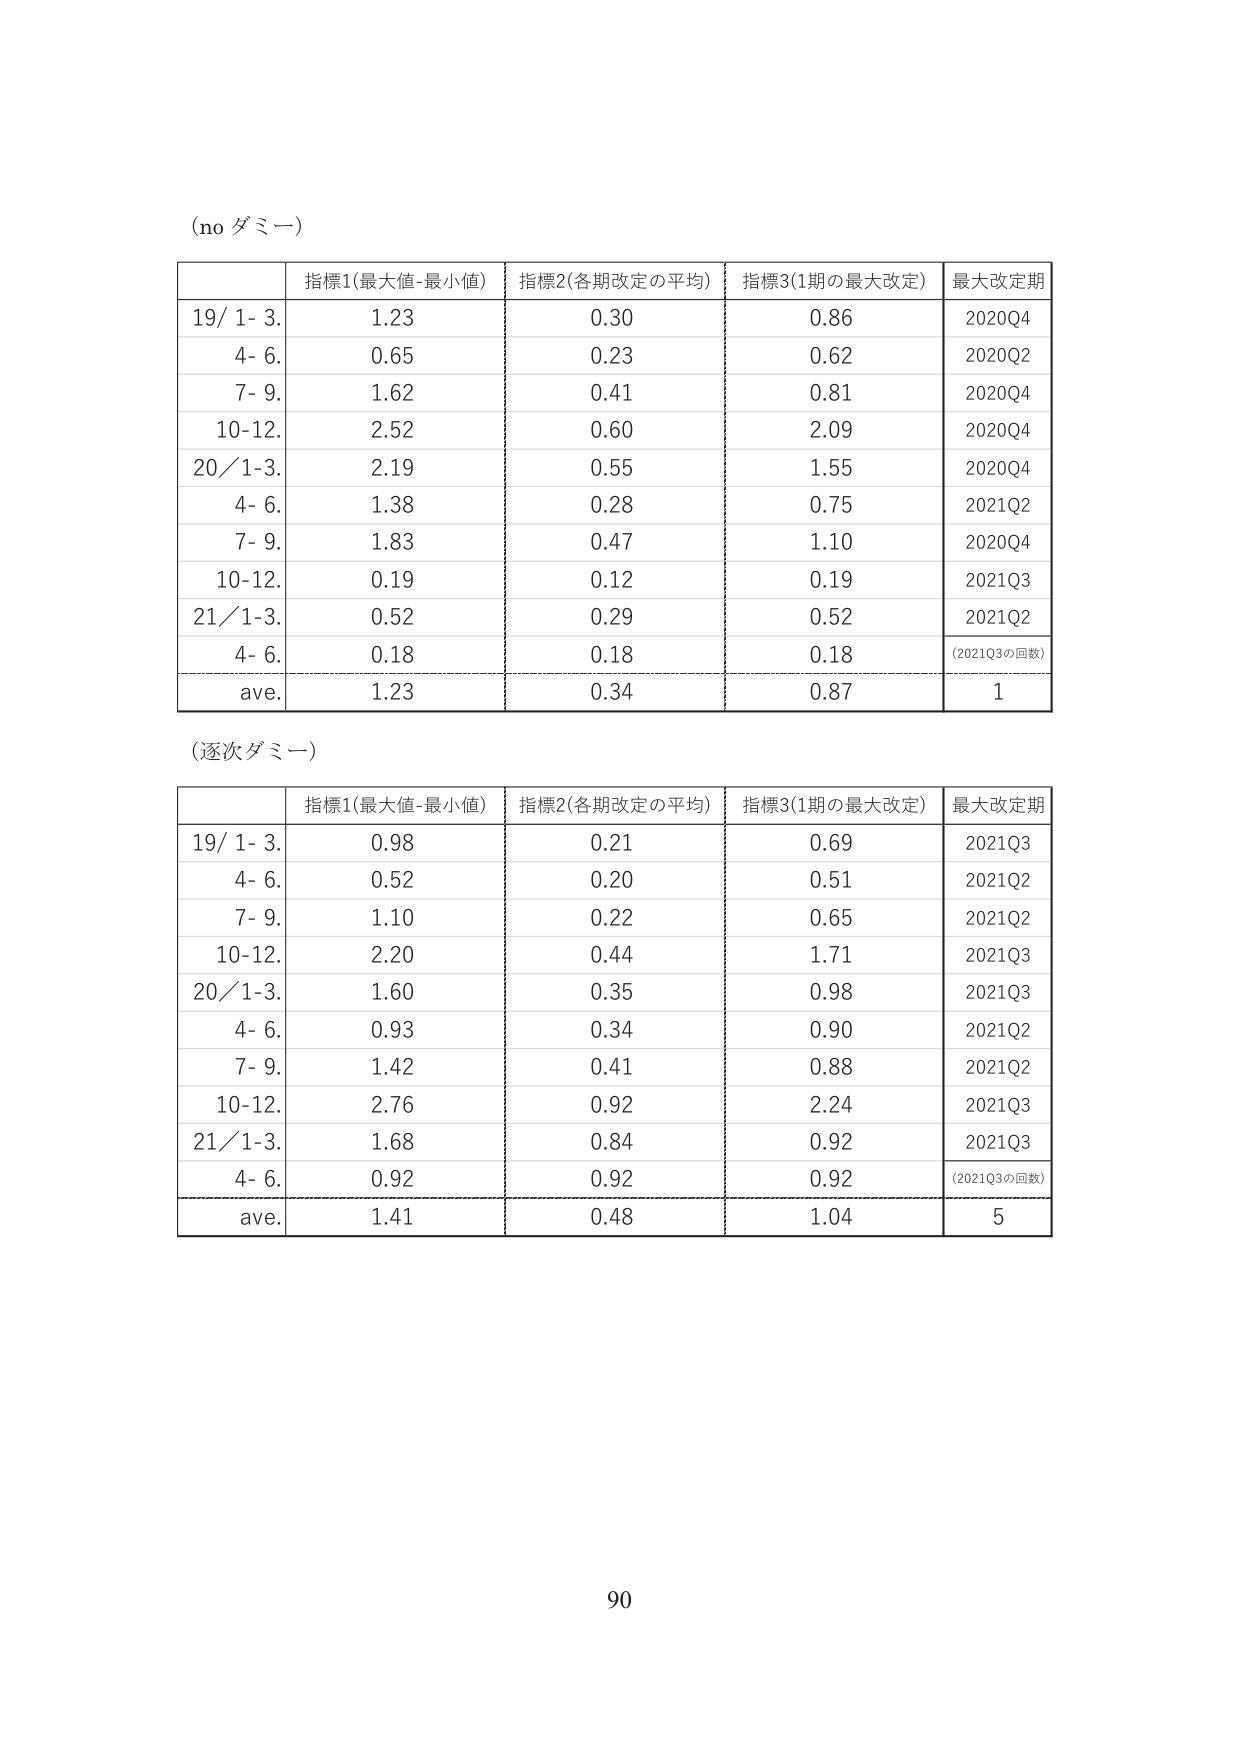
(no ダミー)

| | 指標1(最大値-最小値) | 指標2(各期改定の平均) | 指標3(1期の最大改定) | 最大改定期 |
|---|---|---|---|---|
| 19/ 1- 3. | 1.23 | 0.30 | 0.86 | 2020Q4 |
| 4- 6. | 0.65 | 0.23 | 0.62 | 2020Q2 |
| 7- 9. | 1.62 | 0.41 | 0.81 | 2020Q4 |
| 10-12. | 2.52 | 0.60 | 2.09 | 2020Q4 |
| 20/ 1-3. | 2.19 | 0.55 | 1.55 | 2020Q4 |
| 4- 6. | 1.38 | 0.28 | 0.75 | 2021Q2 |
| 7- 9. | 1.83 | 0.47 | 1.10 | 2020Q4 |
| 10-12. | 0.19 | 0.12 | 0.19 | 2021Q3 |
| 21/ 1-3. | 0.52 | 0.29 | 0.52 | 2021Q2 |
| 4- 6. | 0.18 | 0.18 | 0.18 | (2021Q3の回数) |
| ave. | 1.23 | 0.34 | 0.87 | 1 |

(逐次ダミー)

| | 指標1(最大値-最小値) | 指標2(各期改定の平均) | 指標3(1期の最大改定) | 最大改定期 |
|---|---|---|---|---|
| 19/ 1- 3. | 0.98 | 0.21 | 0.69 | 2021Q3 |
| 4- 6. | 0.52 | 0.20 | 0.51 | 2021Q2 |
| 7- 9. | 1.10 | 0.22 | 0.65 | 2021Q2 |
| 10-12. | 2.20 | 0.44 | 1.71 | 2021Q3 |
| 20/ 1-3. | 1.60 | 0.35 | 0.98 | 2021Q3 |
| 4- 6. | 0.93 | 0.34 | 0.90 | 2021Q2 |
| 7- 9. | 1.42 | 0.41 | 0.88 | 2021Q2 |
| 10-12. | 2.76 | 0.92 | 2.24 | 2021Q3 |
| 21/ 1-3. | 1.68 | 0.84 | 0.92 | 2021Q3 |
| 4- 6. | 0.92 | 0.92 | 0.92 | (2021Q3の回数) |
| ave. | 1.41 | 0.48 | 1.04 | 5 |

90